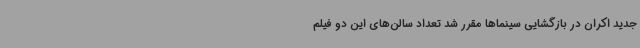
جدید اکران در بازگشایی سینماها مقرر شد تعداد سالن‌های این دو فیلم